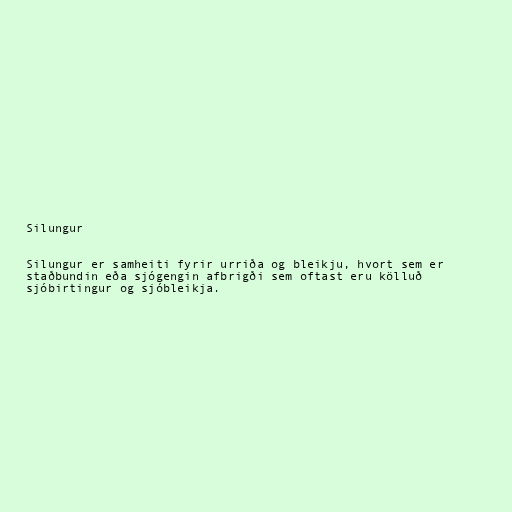
Silungur

Silungur er samheiti fyrir urriða og bleikju, hvort sem er
staðbundin eða sjógengin afbrigði sem oftast eru kölluð
sjóbirtingur og sjóbleikja.